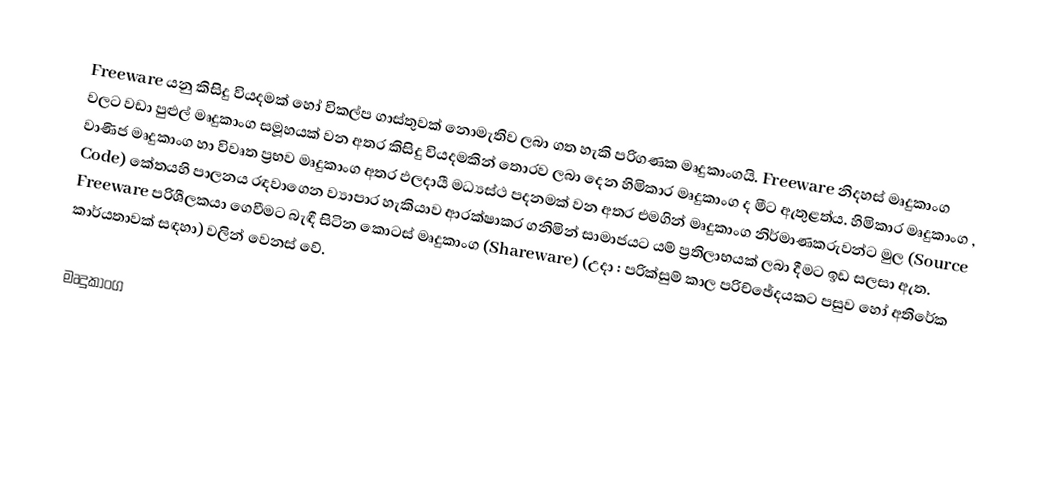
Freeware යනු කිසිදු වියදමක් හෝ විකල්ප ගාස්තුවක් නොමැතිව ලබා ගත හැකි පරිගණක මෘදුකාංගයි. Freeware නිදහස් මෘදුකාංග වලට වඩා පුළුල් මෘදුකාංග සමූහයක් වන අතර කිසිදු වියදමකින් තොරව ලබා දෙන හිමිකාර මෘදුකාංග ද මීට ඇතුළත්ය. හිමිකාර මෘදුකාංග , වාණිජ මෘදුකාංග හා විවෘත ප්‍රභව මෘදුකාංග අතර ඵලදායී මධ්‍යස්ථ පදනමක් වන අතර එමගින් මෘදුකාංග නිර්මාණකරුවන්ට මුල (Source Code) කේතයහි පාලනය රඳවාගෙන ව්‍යාපාර හැකියාව ආරක්ෂාකර ගනිමින් සාමාජයට යම් ප්‍රතිලාභයක් ලබා දීමට ඉඩ සලසා ඇත. Freeware පරිශීලකයා ගෙවීමට බැඳී සිටින කොටස් මෘදුකාංග (Shareware) (උදා : පරික්සුම් කාල පරිච්ඡේදයකට පසුව හෝ අතිරේක කාර්යතාවක් සඳහා) වලින් වෙනස් වේ.

මෘදුකාංග